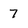
Character: 7